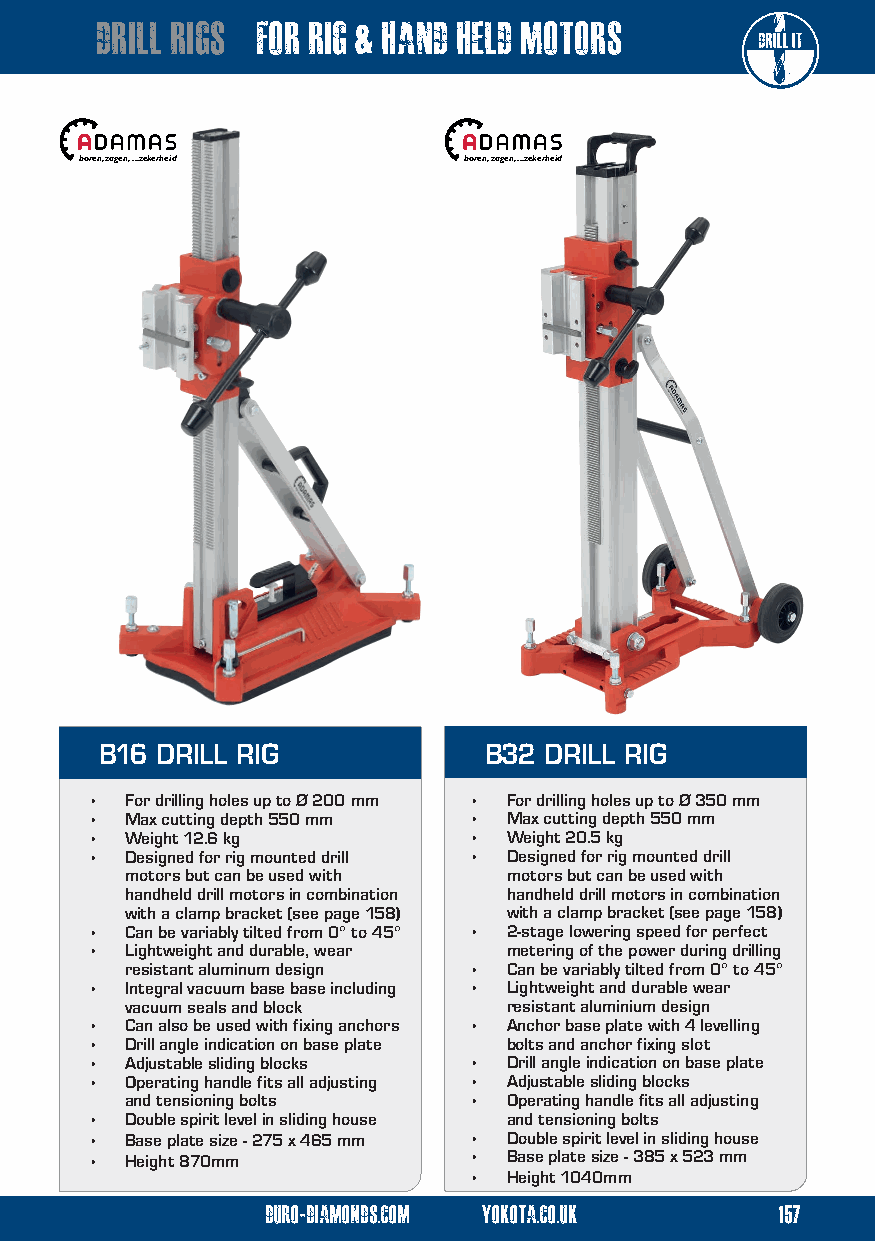
drill rigs for rig & hand held motors
 boren, zagen, ...zekerheid boren, zagen, ...zekerheid
 B16 DRILL RIG            B32 DRILL RIG
 • For drilling holes up to Ø 200 mm • For drilling holes up to Ø 350 mm
 • Max cutting depth 550 mm • Max cutting depth 550 mm
 • Weight 12.6 kg         •  Weight 20.5 kg
 • Designed for rig mounted drill • Designed for rig mounted drill
 motors but can be used with motors but can be used with
 handheld drill motors in combination handheld drill motors in combination
 with a clamp bracket (see page 158) with a clamp bracket (see page 158)
 • Can be variably tilted from 0° to 45° • 2-stage lowering speed for perfect
 • Lightweight and durable, wear metering of the power during drilling
 resistant aluminum design • Can be variably tilted from 0° to 45°
 • Integral vacuum base base including • Lightweight and durable wear
 vacuum seals and block    resistant aluminium design
 • Can also be used with fixing anchors • Anchor base plate with 4 levelling
 • Drill angle indication on base plate bolts and anchor fixing slot
 • Adjustable sliding blocks • Drill angle indication on base plate
 • Operating handle fits all adjusting • Adjustable sliding blocks
 and tensioning bolts   •  Operating handle fits all adjusting
 • Double spirit level in sliding house and tensioning bolts
 • Base plate size - 275 x 465 mm • Double spirit level in sliding house
 • Height 870mm           •  Base plate size - 385 x 523 mm
 •  Height 1040mm
 duro-diamonds.com yokota.co.uk    157